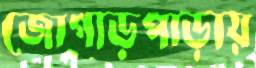
জোগাড়পাড়ায়